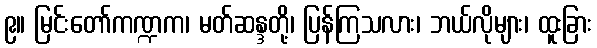
၉။ မြင်းတော်ကဏ္ဍက၊ မတ်ဆန္ဒတို့၊ ပြန်ကြသလား၊ ဘယ်လိုများ၊ ထူးခြား